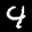
Label: 4